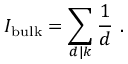
{ \cal I } _ { \mathrm { b u l k } } = \sum _ { d | k } \frac { 1 } { d } \ .